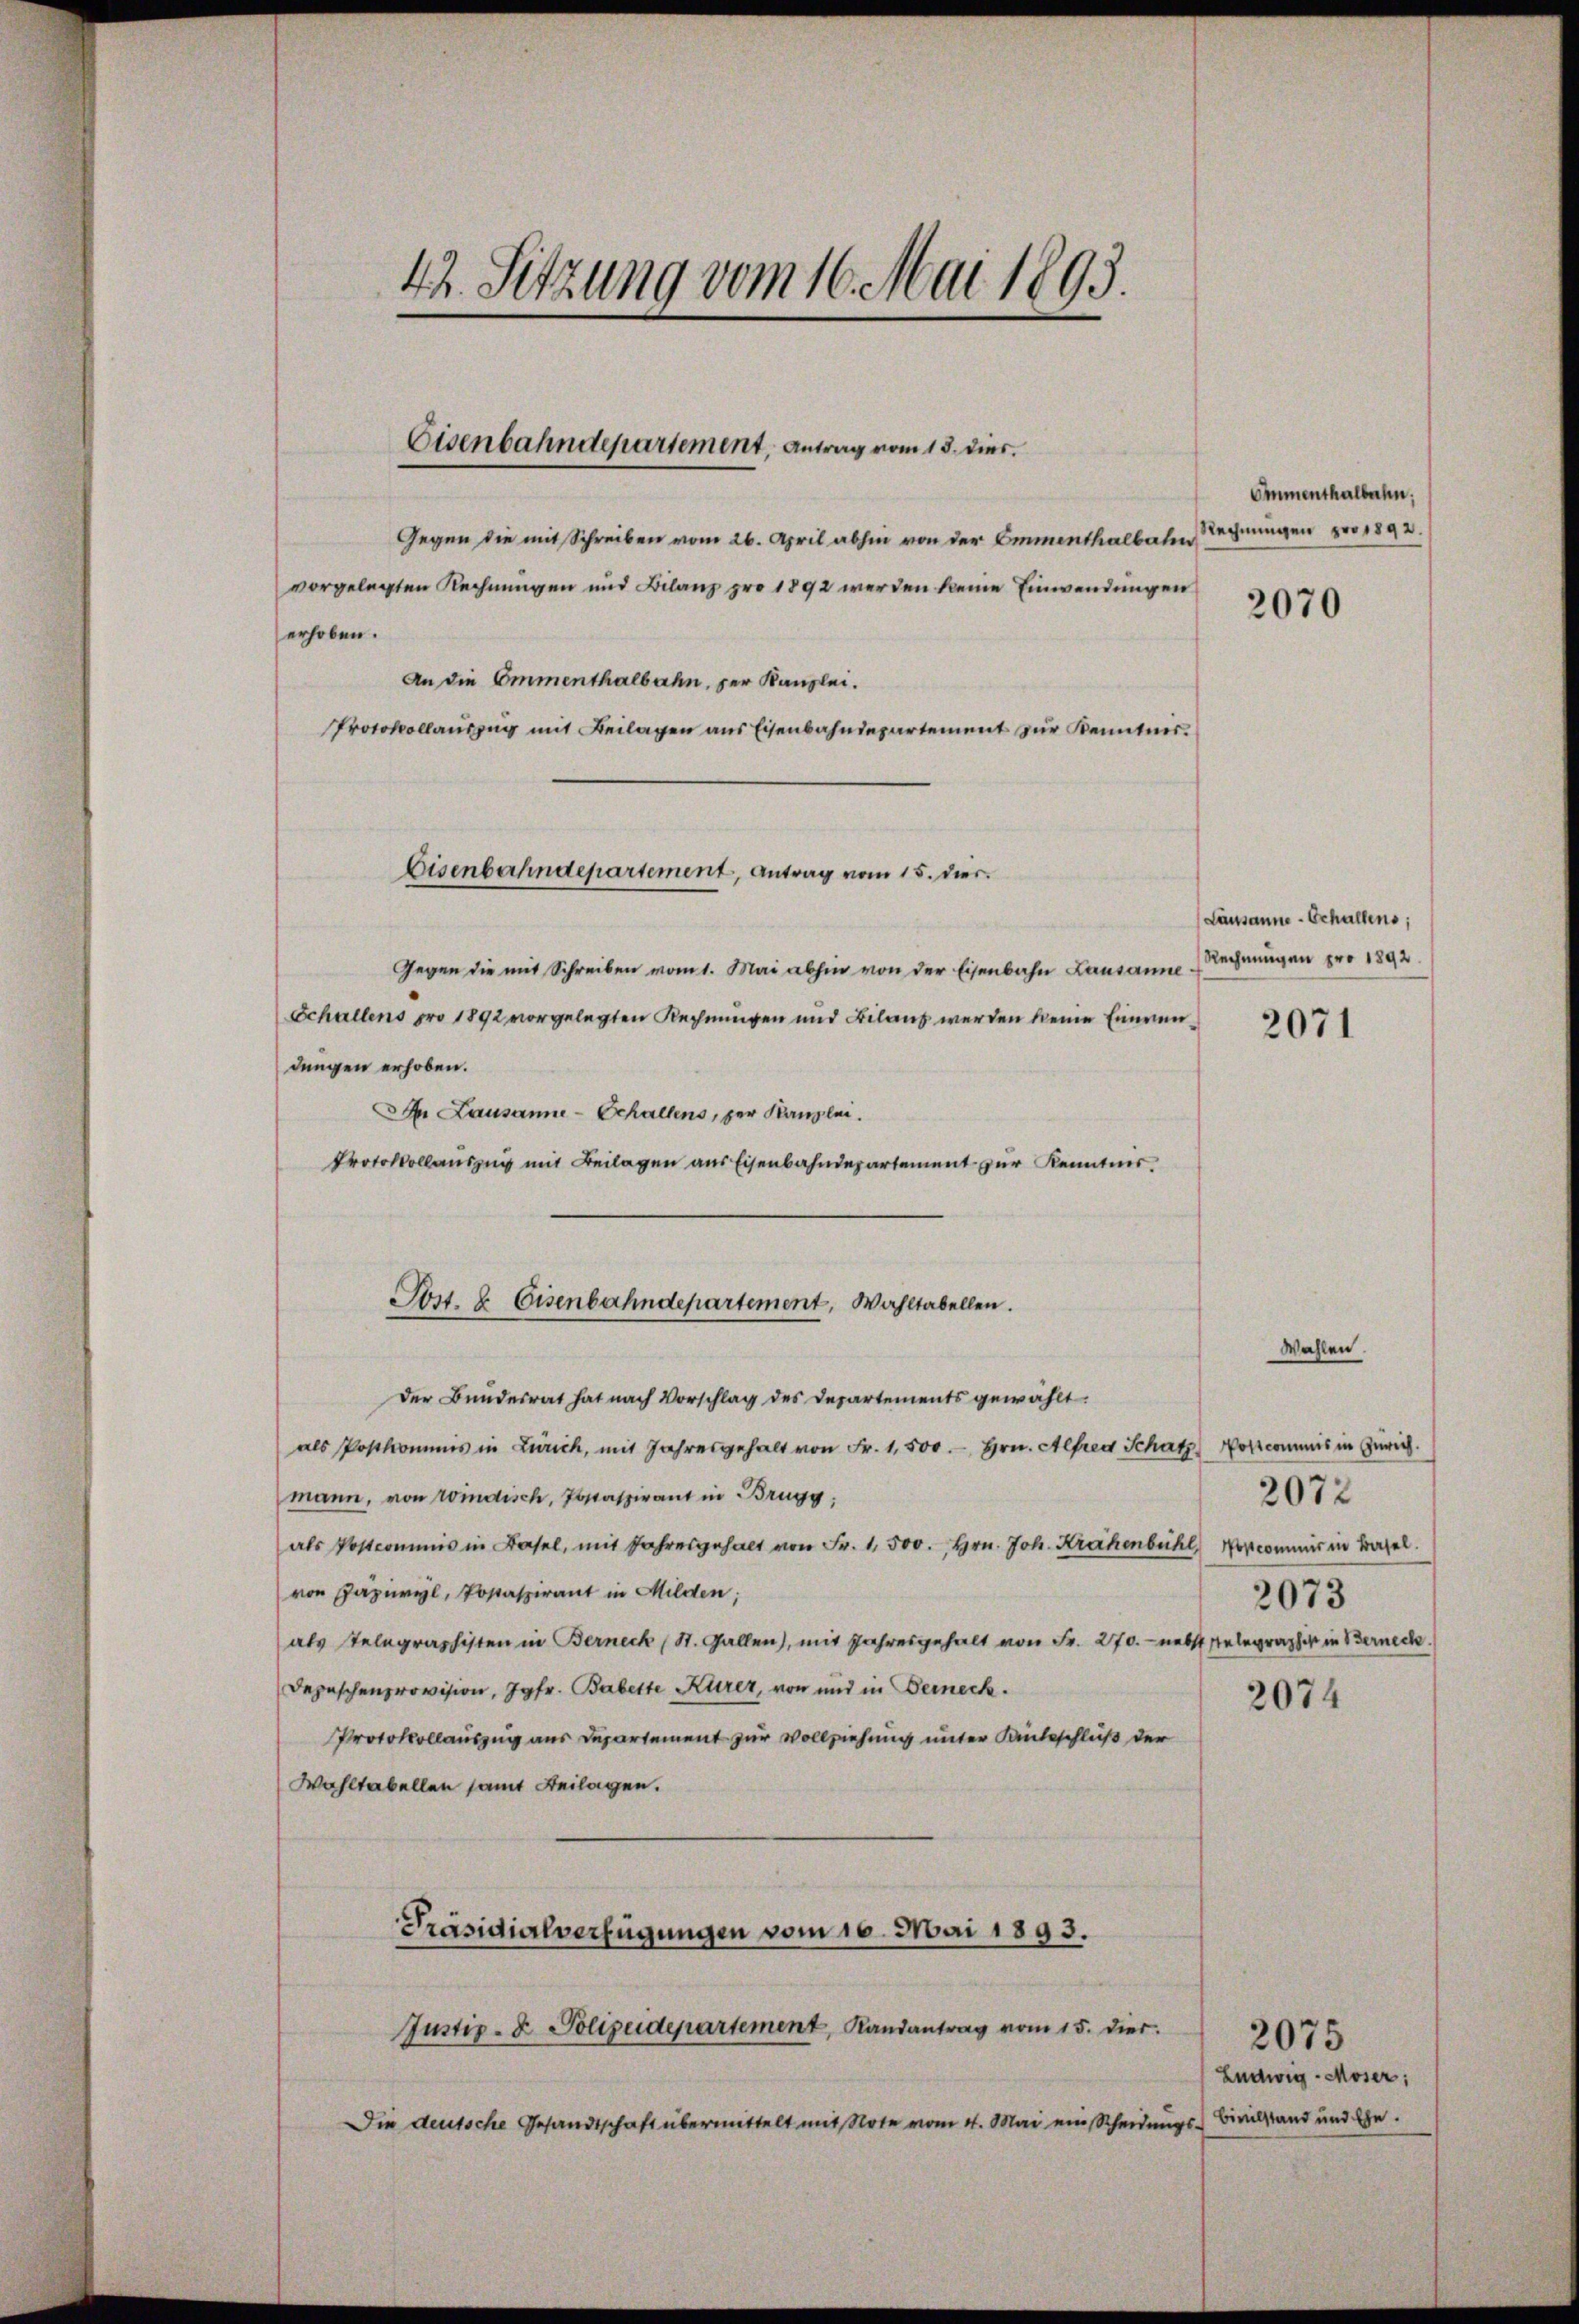
42. Sitzung vom 16. Mai 1893.

Eisenbahndepartement. Antrag vom 18. dies.

Gegen die mit Schreiben vom 26. April abhin von der Emmenthalbahn
vorgelegten Rechnungen und Bilanz pro 1892 werden keine Einwendungen
erhoben.
An die Ommenthalbahn, der Kanzlei.
Protokollaŭszŭg mit Beilagen ans Eisenbahndepartement zŭr Kenntnis.

Gegen die mit Schreiben vom 1. Mai abhin von der Eisenbahn Lausanne¬
Schallens pro 1892 vorgelegten Rechnungen und Bilanz werden keine Einwendungen erhoben.
D. Lausanne-Schallens, per Kanzlei.
Protokollauszug mit Beilagen aus Eisenbahndepartement zur Kenntnis
Der Bundesrat hat nach Vorschlag des Departements gewählt.
als Postkommis in Zürich, mit Jahresgehalt von Fr. 1,500.- Hrn. Alfred Schatz Nolcommis in Zürich.
mann, von Windisch, Jostspirant in Brugg,
als Postcommis in Basel, mit Jahresgehalt von Fr. 1,500. Hrn. Joh. Krähenbühl Morcommis in Basel.
von Papiwyl, Posaspirant in Milden;
als Telegraphisten in Berneck (St. Gallen), mit Jahresgehalt von Fr. 270. nebst stelegraphist in Berneck.
Depeschenprovision, Jgfr. Babette Kurer, von und in Gerech
Protokollauszug aus Departement zur Vollziehung unter Kanteschluß der
Wohltabellen samt Beilagen.
Präsidialverfügungen vom 16. Mai 1893.
Justiz- & Polizeidepartement, Randantrag vom 15. dies
Die deutsche Gesandtschaft übermittelt mit Note vom 4. Mai ein Scheidungs-Bivilstand und Ehe.

Eisenbahndepartement, Antrag vom 15. dies

Jort. 8 Eisenbahndepartement, Wahltabellen.

Emmenthalbahn,
Rechnungen pro 1892.

2070

Lausanne - Schallens,
Rechnungen pro 1892.

2071

Wahlen.

2073
2074

2072

2075
Ludwig - Moser;